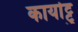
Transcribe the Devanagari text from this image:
कार्याट्टु